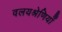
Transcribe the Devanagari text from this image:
वलयश्रेणियाँ